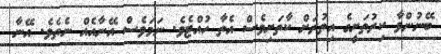
ބޭނުންވާ ކިރުތަށީގެ އިތުރަށް ކާތަށިވެސް އެތާ ހުއްޓެވެ. ނަމަވެސް އޭނާއެއް ނެތެވެ. އޭނާ